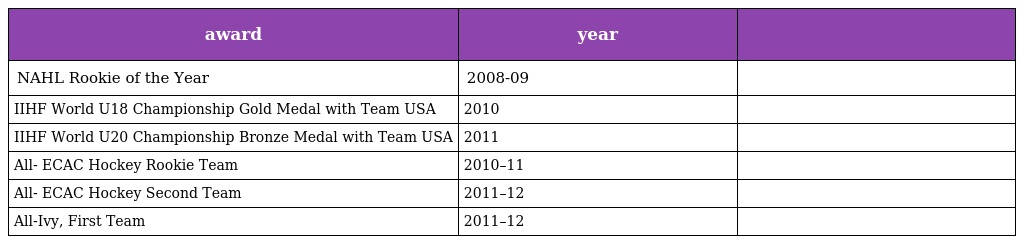
| award | year |  |
 | --- | --- | --- |
 | NAHL Rookie of the Year | 2008-09 |  |
 | IIHF World U18 Championship Gold Medal with Team USA | 2010 |  |
 | IIHF World U20 Championship Bronze Medal with Team USA | 2011 |  |
 | All- ECAC Hockey Rookie Team | 2010–11 |  |
 | All- ECAC Hockey Second Team | 2011–12 |  |
 | All-Ivy, First Team | 2011–12 |  |